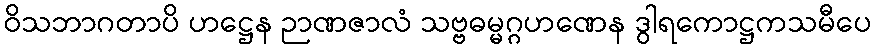
ဝိသဘာဂတာပိ ဟဋ္ဌေန ဉာဏဇာလံ သဗ္ဗဓမ္မဂ္ဂဟဏေန ဒွါရကောဋ္ဌကသမီပေ